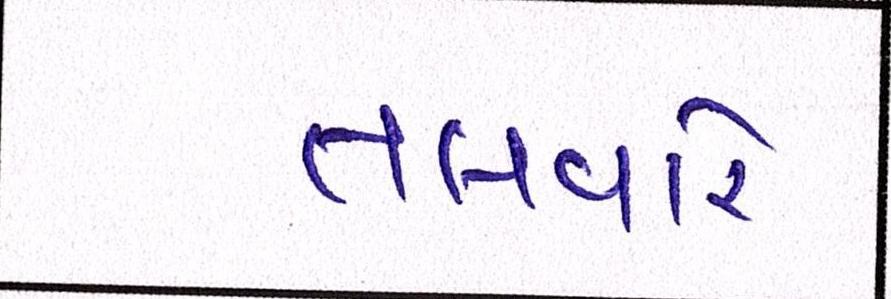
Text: તલવારે